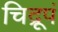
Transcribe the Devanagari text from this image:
चिद्रूपं